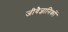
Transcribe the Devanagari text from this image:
जीवैज्ञानिकों